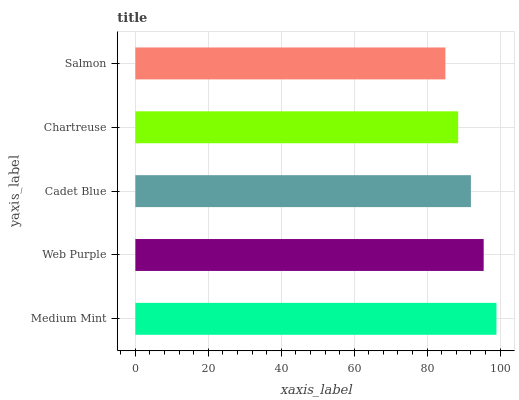
| yaxis_label | bars |
 | --- | --- |
 | Medium Mint | 99 |
 | Web Purple | 95.5 |
 | Cadet Blue | 92 |
 | Chartreuse | 88.5 |
 | Salmon | 85 |